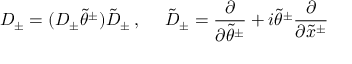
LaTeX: D _ { \pm } = ( D _ { \pm } \tilde { \theta } ^ { \pm } ) \tilde { D } _ { \pm } \, , ~ ~ ~ ~ \tilde { D } _ { \pm } = \frac { \partial } { \partial \tilde { \theta } ^ { \pm } } + i \tilde { \theta } ^ { \pm } \frac { \partial } { \partial \tilde { x } ^ { \pm } }